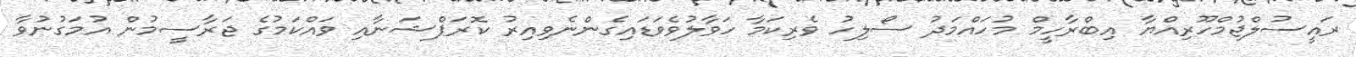
ރައީސުލްޖުމްހޫރިއްޔާ އިބްރާހީމް މުހައްމަދު ސޯލިހު ވެރިކަމާ ހަވާލުވެވަޑައިގެންނެވިއިރު ކޮރަޕްޝަނާއި ވައްކަމުގެ ޖަރާސީމުން އުމަގުނުވާ